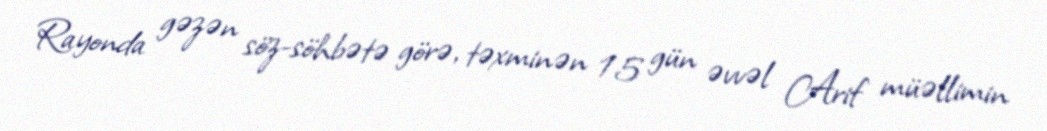
Rayonda gəzən söz-söhbətə görə, təxminən 15 gün əvvəl Arif müəllimin